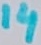
Text: 14